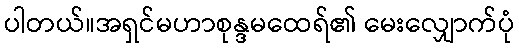
ပါတယ်။အရှင်မဟာစုန္ဒမထေရ်၏ မေးလျှောက်ပုံ